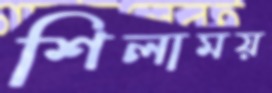
শিলাময়